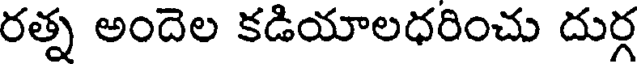
రత్న అందెల కడియాలధరించు దుర్గ